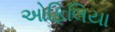
ઓફિલિયા